Indian journal of veterinary science and animal husbandry - Volume 12,
Year: 1942
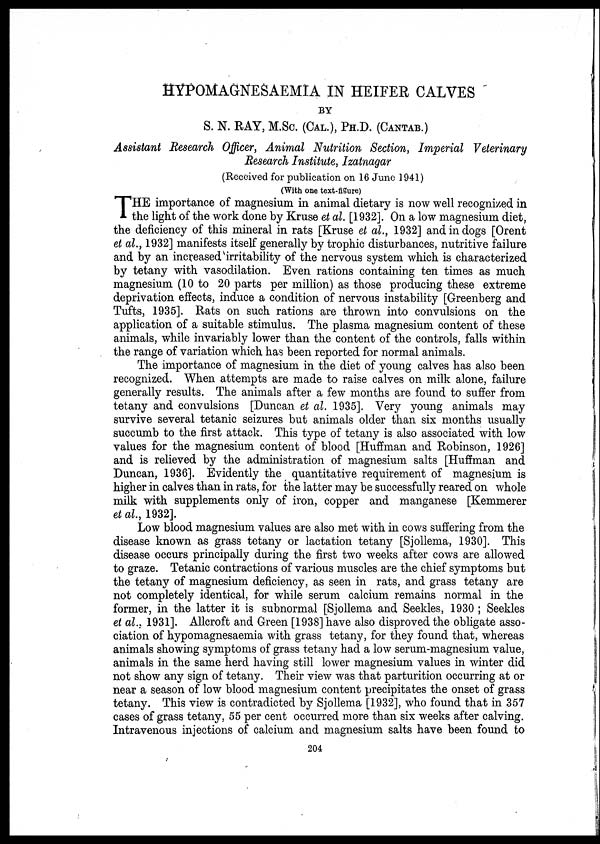
HYPOMAGNESAEMIA IN HEIFER CALVES
BY
S. N. RAY, M.Sc. (CAL.), PH.D. (CANTAB.)
Assistant Research Officer, Animal Nutrition Section, Imperial Veterinary
Research Institute, Izatnagar
(Received for publication on 16 June 1941)
(With one text-figure)
T HE importance of magnesium in animal dietary is now well recognized in
the light of the work done by Kruse et al. [1932]. On a low magnesium diet,
the deficiency of this mineral in rats [Kruse et al., 1932] and in dogs [Orent
et al., 1932] manifests itself generally by trophic disturbances, nutritive failure
and by an increased irritability of the nervous system which is characterized
by tetany with vasodilation. Even rations containing ten times as much
magnesium (10 to 20 parts per million) as those producing these extreme
deprivation effects, induce a condition of nervous instability [Greenberg and
Tufts, 1935]. Rats on such rations are thrown into convulsions on the
application of a suitable stimulus. The plasma magnesium content of these
animals, while invariably lower than the content of the controls, falls within
the range of variation which has been reported for normal animals.
The importance of magnesium in the diet of young calves has also been
recognized. When attempts are made to raise calves on milk alone, failure
generally results. The animals after a few months are found to suffer from
tetany and convulsions [Duncan et al. 1935]. Very young animals may
survive several tetanic seizures but animals older than six months usually
succumb to the first attack. This type of tetany is also associated with low
values for the magnesium content of blood [Huffman and Robinson, 1926]
and is relieved by the administration of magnesium salts [Huffman and
Duncan, 1936]. Evidently the quantitative requirement of magnesium is
higher in calves than in rats, for the latter may be successfully reared on whole
milk with supplements only of iron, copper and manganese [Kemmerer
et al., 1932].
Low blood magnesium values are also met with in cows suffering from the
disease known as grass tetany or lactation tetany [Sjollema, 1930]. This
disease occurs principally during the first two weeks after cows are allowed
to graze. Tetanic contractions of various muscles are the chief symptoms but
the tetany of magnesium deficiency, as seen in rats, and grass tetany are
not completely identical, for while serum calcium remains normal in the
former, in the latter it is subnormal [Sjollema and Seekles, 1930 ; Seekles
et al., 1931]. Allcroft and Green [1938] have also disproved the obligate asso-
ciation of hypomagnesaemia with grass tetany, for they found that, whereas
animals showing symptoms of grass tetany had a low serum-magnesium value,
animals in the same herd having still lower magnesium values in winter did
not show any sign of tetany. Their view was that parturition occurring at or
near a season of low blood magnesium content precipitates the onset of grass
tetany. This view is contradicted by Sjollema [1932], who found that in 357
cases of grass tetany, 55 per cent occurred more than six weeks after calving.
Intravenous injections of calcium and magnesium salts have been found to
204